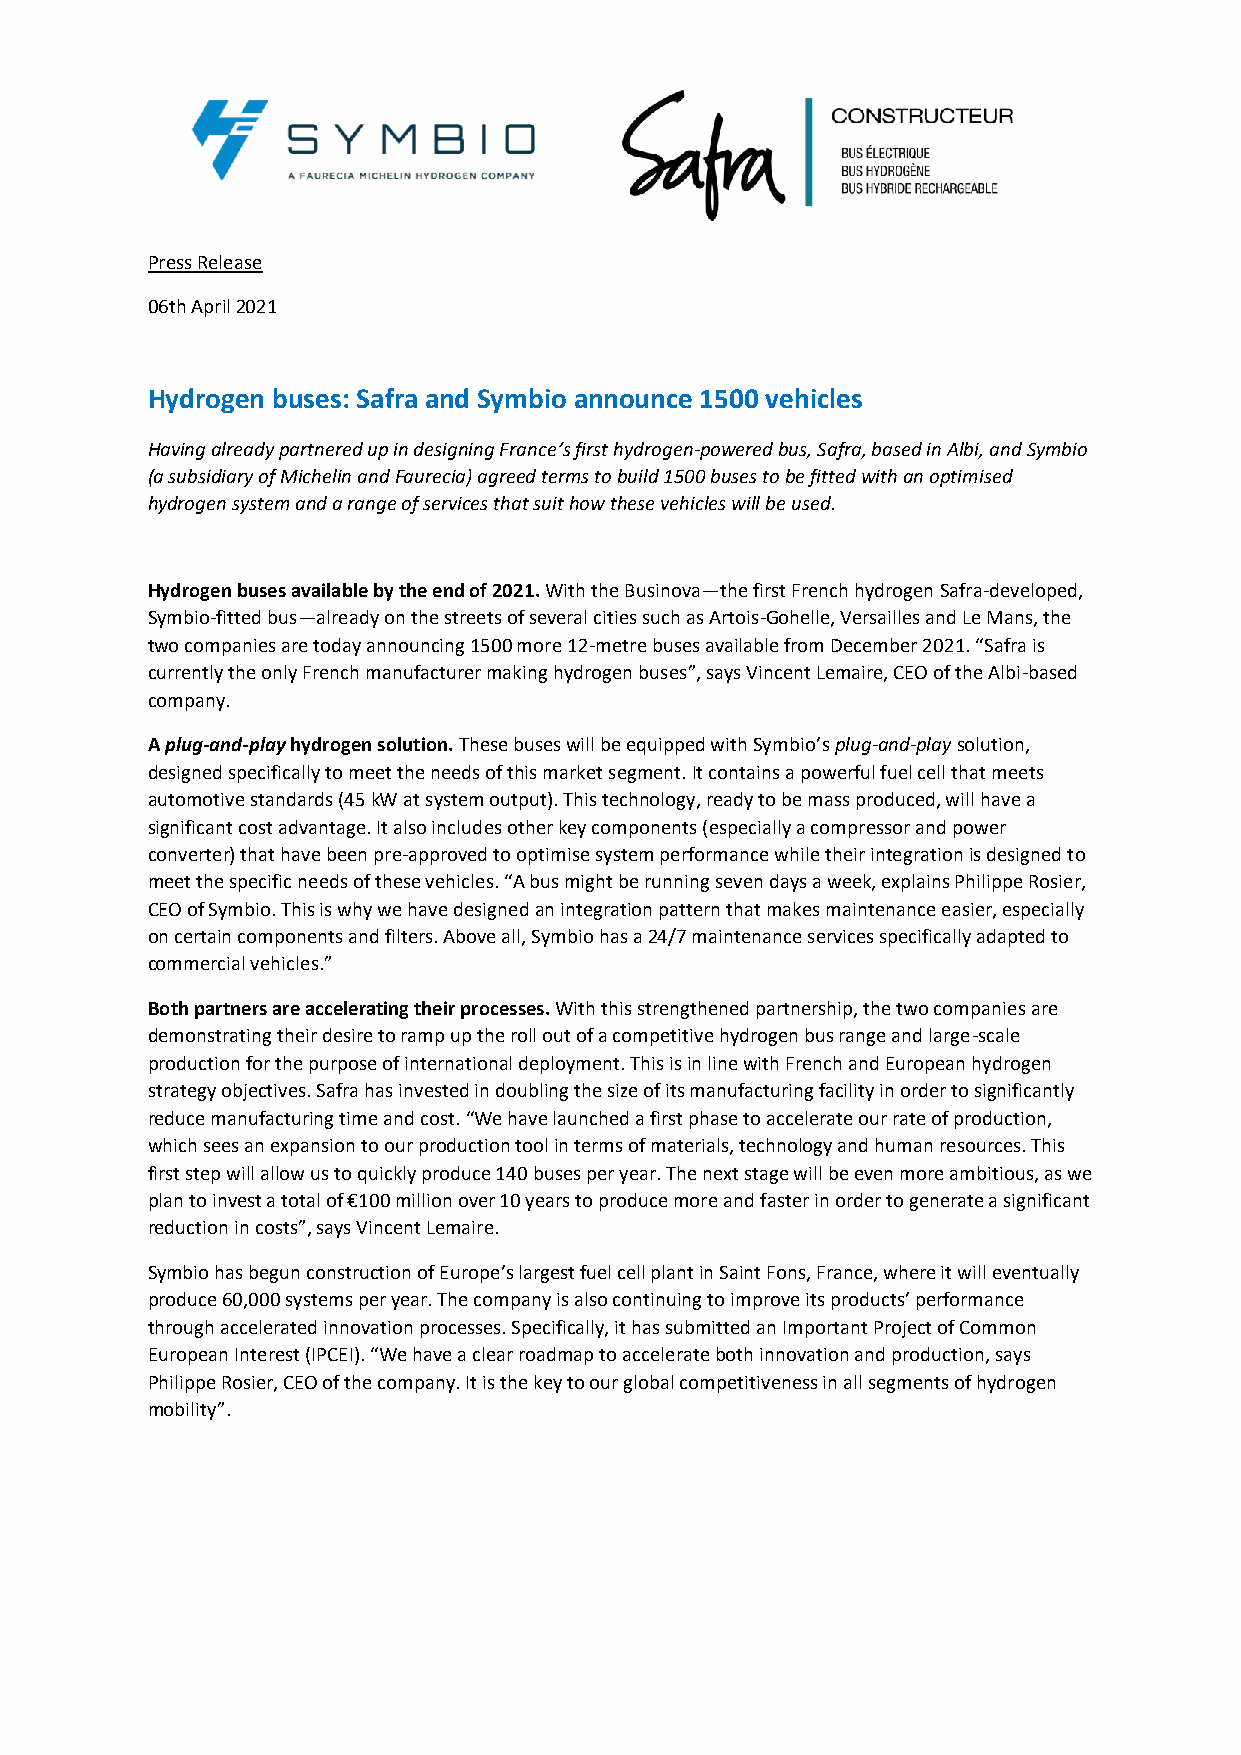
Press Release
 06th April 2021
 Hydrogen buses: Safra and Symbio announce 1500 vehicles
 Having already partnered up in designing France’s first hydrogen-powered bus, Safra, based in Albi, and Symbio
 (a subsidiary of Michelin and Faurecia) agreed terms to build 1500 buses to be fitted with an optimised
 hydrogen system and a range of services that suit how these vehicles will be used.
 Hydrogen buses available by the end of 2021. With the Businova—the first French hydrogen Safra-developed,
 Symbio-fitted bus—already on the streets of several cities such as Artois-Gohelle, Versailles and Le Mans, the
 two companies are today announcing 1500 more 12-metre buses available from December 2021. “Safra is
 currently the only French manufacturer making hydrogen buses”, says Vincent Lemaire, CEO of the Albi-based
 company.
 A plug-and-play hydrogen solution. These buses will be equipped with Symbio’s plug-and-play solution,
 designed specifically to meet the needs of this market segment. It contains a powerful fuel cell that meets
 automotive standards (45 kW at system output). This technology, ready to be mass produced, will have a
 significant cost advantage. It also includes other key components (especially a compressor and power
 converter) that have been pre-approved to optimise system performance while their integration is designed to
 meet the specific needs of these vehicles. “A bus might be running seven days a week, explains Philippe Rosier,
 CEO of Symbio. This is why we have designed an integration pattern that makes maintenance easier, especially
 on certain components and filters. Above all, Symbio has a 24/7 maintenance services specifically adapted to
 commercial vehicles.”
 Both partners are accelerating their processes. With this strengthened partnership, the two companies are
 demonstrating their desire to ramp up the roll out of a competitive hydrogen bus range and large-scale
 production for the purpose of international deployment. This is in line with French and European hydrogen
 strategy objectives. Safra has invested in doubling the size of its manufacturing facility in order to significantly
 reduce manufacturing time and cost. “We have launched a first phase to accelerate our rate of production,
 which sees an expansion to our production tool in terms of materials, technology and human resources. This
 first step will allow us to quickly produce 140 buses per year. The next stage will be even more ambitious, as we
 plan to invest a total of €100 million over 10 years to produce more and faster in order to generate a significant
 reduction in costs”, says Vincent Lemaire.
 Symbio has begun construction of Europe’s largest fuel cell plant in Saint Fons, France, where it will eventually
 produce 60,000 systems per year. The company is also continuing to improve its products’ performance
 through accelerated innovation processes. Specifically, it has submitted an Important Project of Common
 European Interest (IPCEI). “We have a clear roadmap to accelerate both innovation and production, says
 Philippe Rosier, CEO of the company. It is the key to our global competitiveness in all segments of hydrogen
 mobility”.